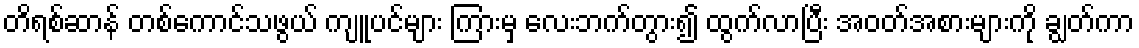
တိရစ်ဆာန် တစ်ကောင်သဖွယ် ကျူပင်များ ကြားမှ လေးဘက်တွား၍ ထွက်လာပြီး အဝတ်အစားများကို ချွတ်ကာ